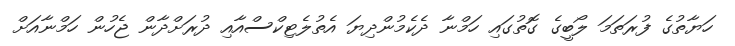
ހަޔާތުގެ ފުރަތަމަ ލޯބީގެ ގޮތުގައި ހަމްނާ ދެކެމުންދިޔަ އެތުލެޓިކްސްއާއި ދުރަށްދާން ޖެހުން ހަމްނާއަށް